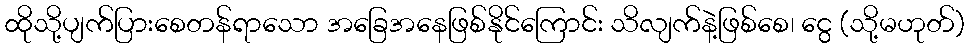
ထိုသို့ပျက်ပြားစေတန်ရာသော အခြေအနေဖြစ်နိုင်ကြောင်း သိလျက်နဲ့ဖြစ်စေ၊ ငွေ (သို့မဟုတ်)